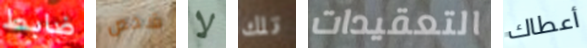
ضابط شخص لا تلك التعقيدات أعطاك